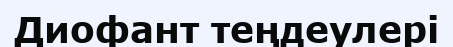
Диофант теңдеулері